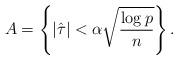
LaTeX: \begin{align*}A=\left\{|\hat\tau|< \alpha \sqrt{\frac{\log p}{n}}\right\}.\end{align*}